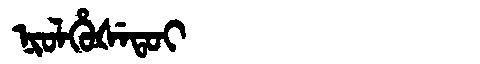
Manchu: ᠨᡳᠣᠯᡥᡠᡧᡝᡨᠣᡳ
Romanization: NIOLHUŠETOI